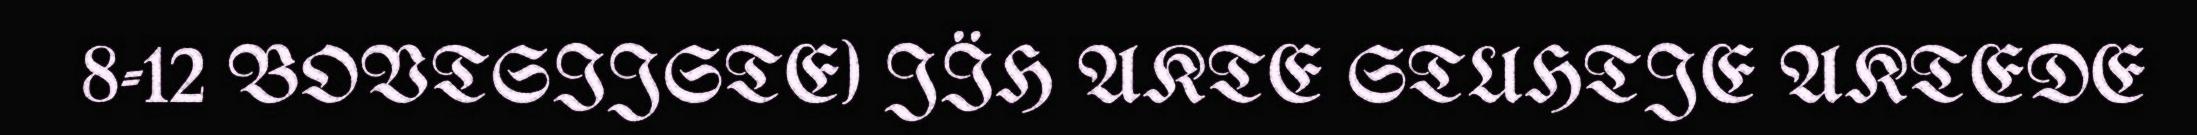
8-12 BOVTSIJSTE) JÏH AKTE STUHTJE AKTEDE